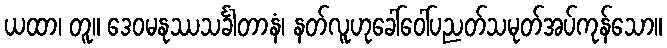
ယထာ၊ တူ။ ဒေဝမနုဿသင်္ခါတာနံ၊ နတ်လူဟုခေါ်ဝေါ်ပညတ်သမုတ်အပ်ကုန်သော။